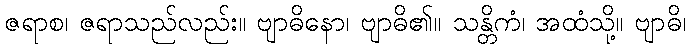
ဇရာစ၊ ဇရာသည်လည်း။ ဗျာဓိနော၊ ဗျာဓိ၏။ သန္တိကံ၊ အထံသို့။ ဗျာဓိ၊